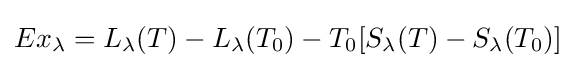
Ex_{\lambda }=L_{\lambda }(T)-L_{\lambda }(T_{0})-T_{0}[S_{\lambda }(T)-S_{\lambda }(T_{0})]